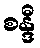
စန္ဒီ